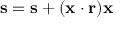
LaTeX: \mathbf { s } = \mathbf { s } + ( \mathbf { x } \cdot \mathbf { r } ) \mathbf { x }